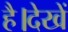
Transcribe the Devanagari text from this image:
है।देखें